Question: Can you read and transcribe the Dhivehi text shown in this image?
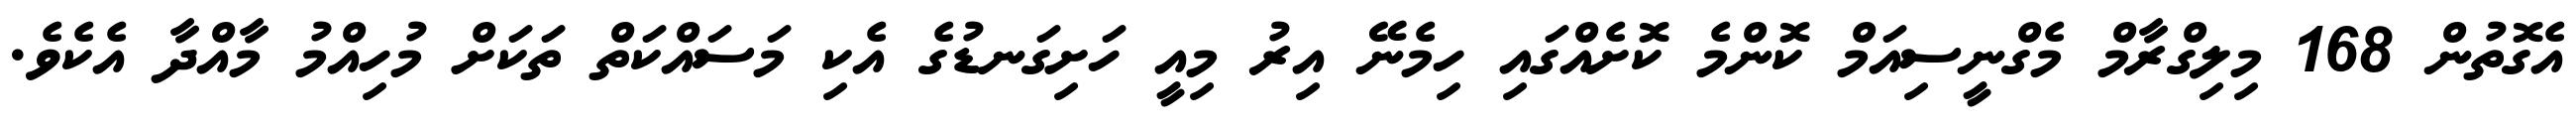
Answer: އެގޮތުން 168 މިލިގްރާމް މެގްނީސިއަމް ކޮންމެ ކޮށެއްގައި ހިމެނޭ އިރު މިއީ ހަށިގަނޑުގެ އެކި މަސައްކަތް ތަކަށް މުހިއްމު މާއްދާ އެކެވެ.